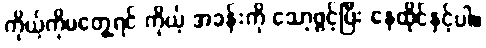
ကိုယ့်ကိုမတွေ့ရင် ကိုယ့် အခန်းကို သော့ဖွင့်ပြီး နေထိုင်နှင့်ပါ။